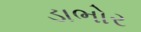
ડાભોર